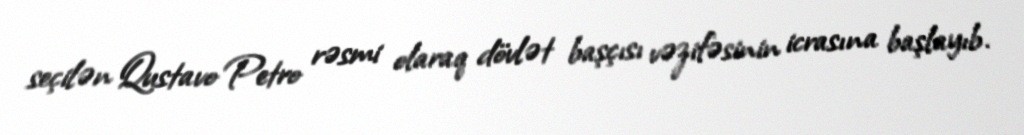
seçilən Qustavo Petro rəsmi olaraq dövlət başçısı vəzifəsinin icrasına başlayıb.